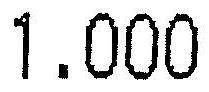
1.000